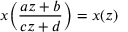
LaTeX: x \! \left( { \frac { a z + b } { c z + d } } \right) = x ( z )